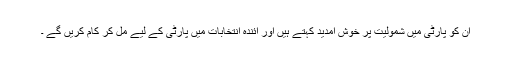
ان کو پارٹی میں شمولیت پر خوش آمدید کہتے ہیں اور آئندہ انتخابات میں پارٹی کے لیے مل کر کام کریں گے ۔